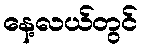
နေ့လယ်တွင်